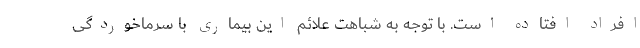
افراد افتاده است. با توجه به شباهت علائم این بیماری با سرماخوردگی